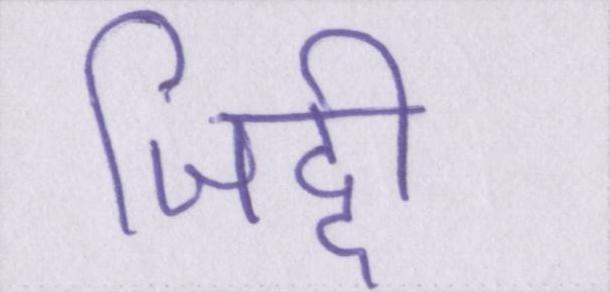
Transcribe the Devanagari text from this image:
जिद्दी